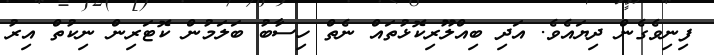
ފިނިވެގެން ދިޔައެވެ. އަދި ބިއްލޫރިކޮޅުތައް ނެތް ހިސާބު ބަލަމުން ކޮޓަރިން ނިކުތް އިރު